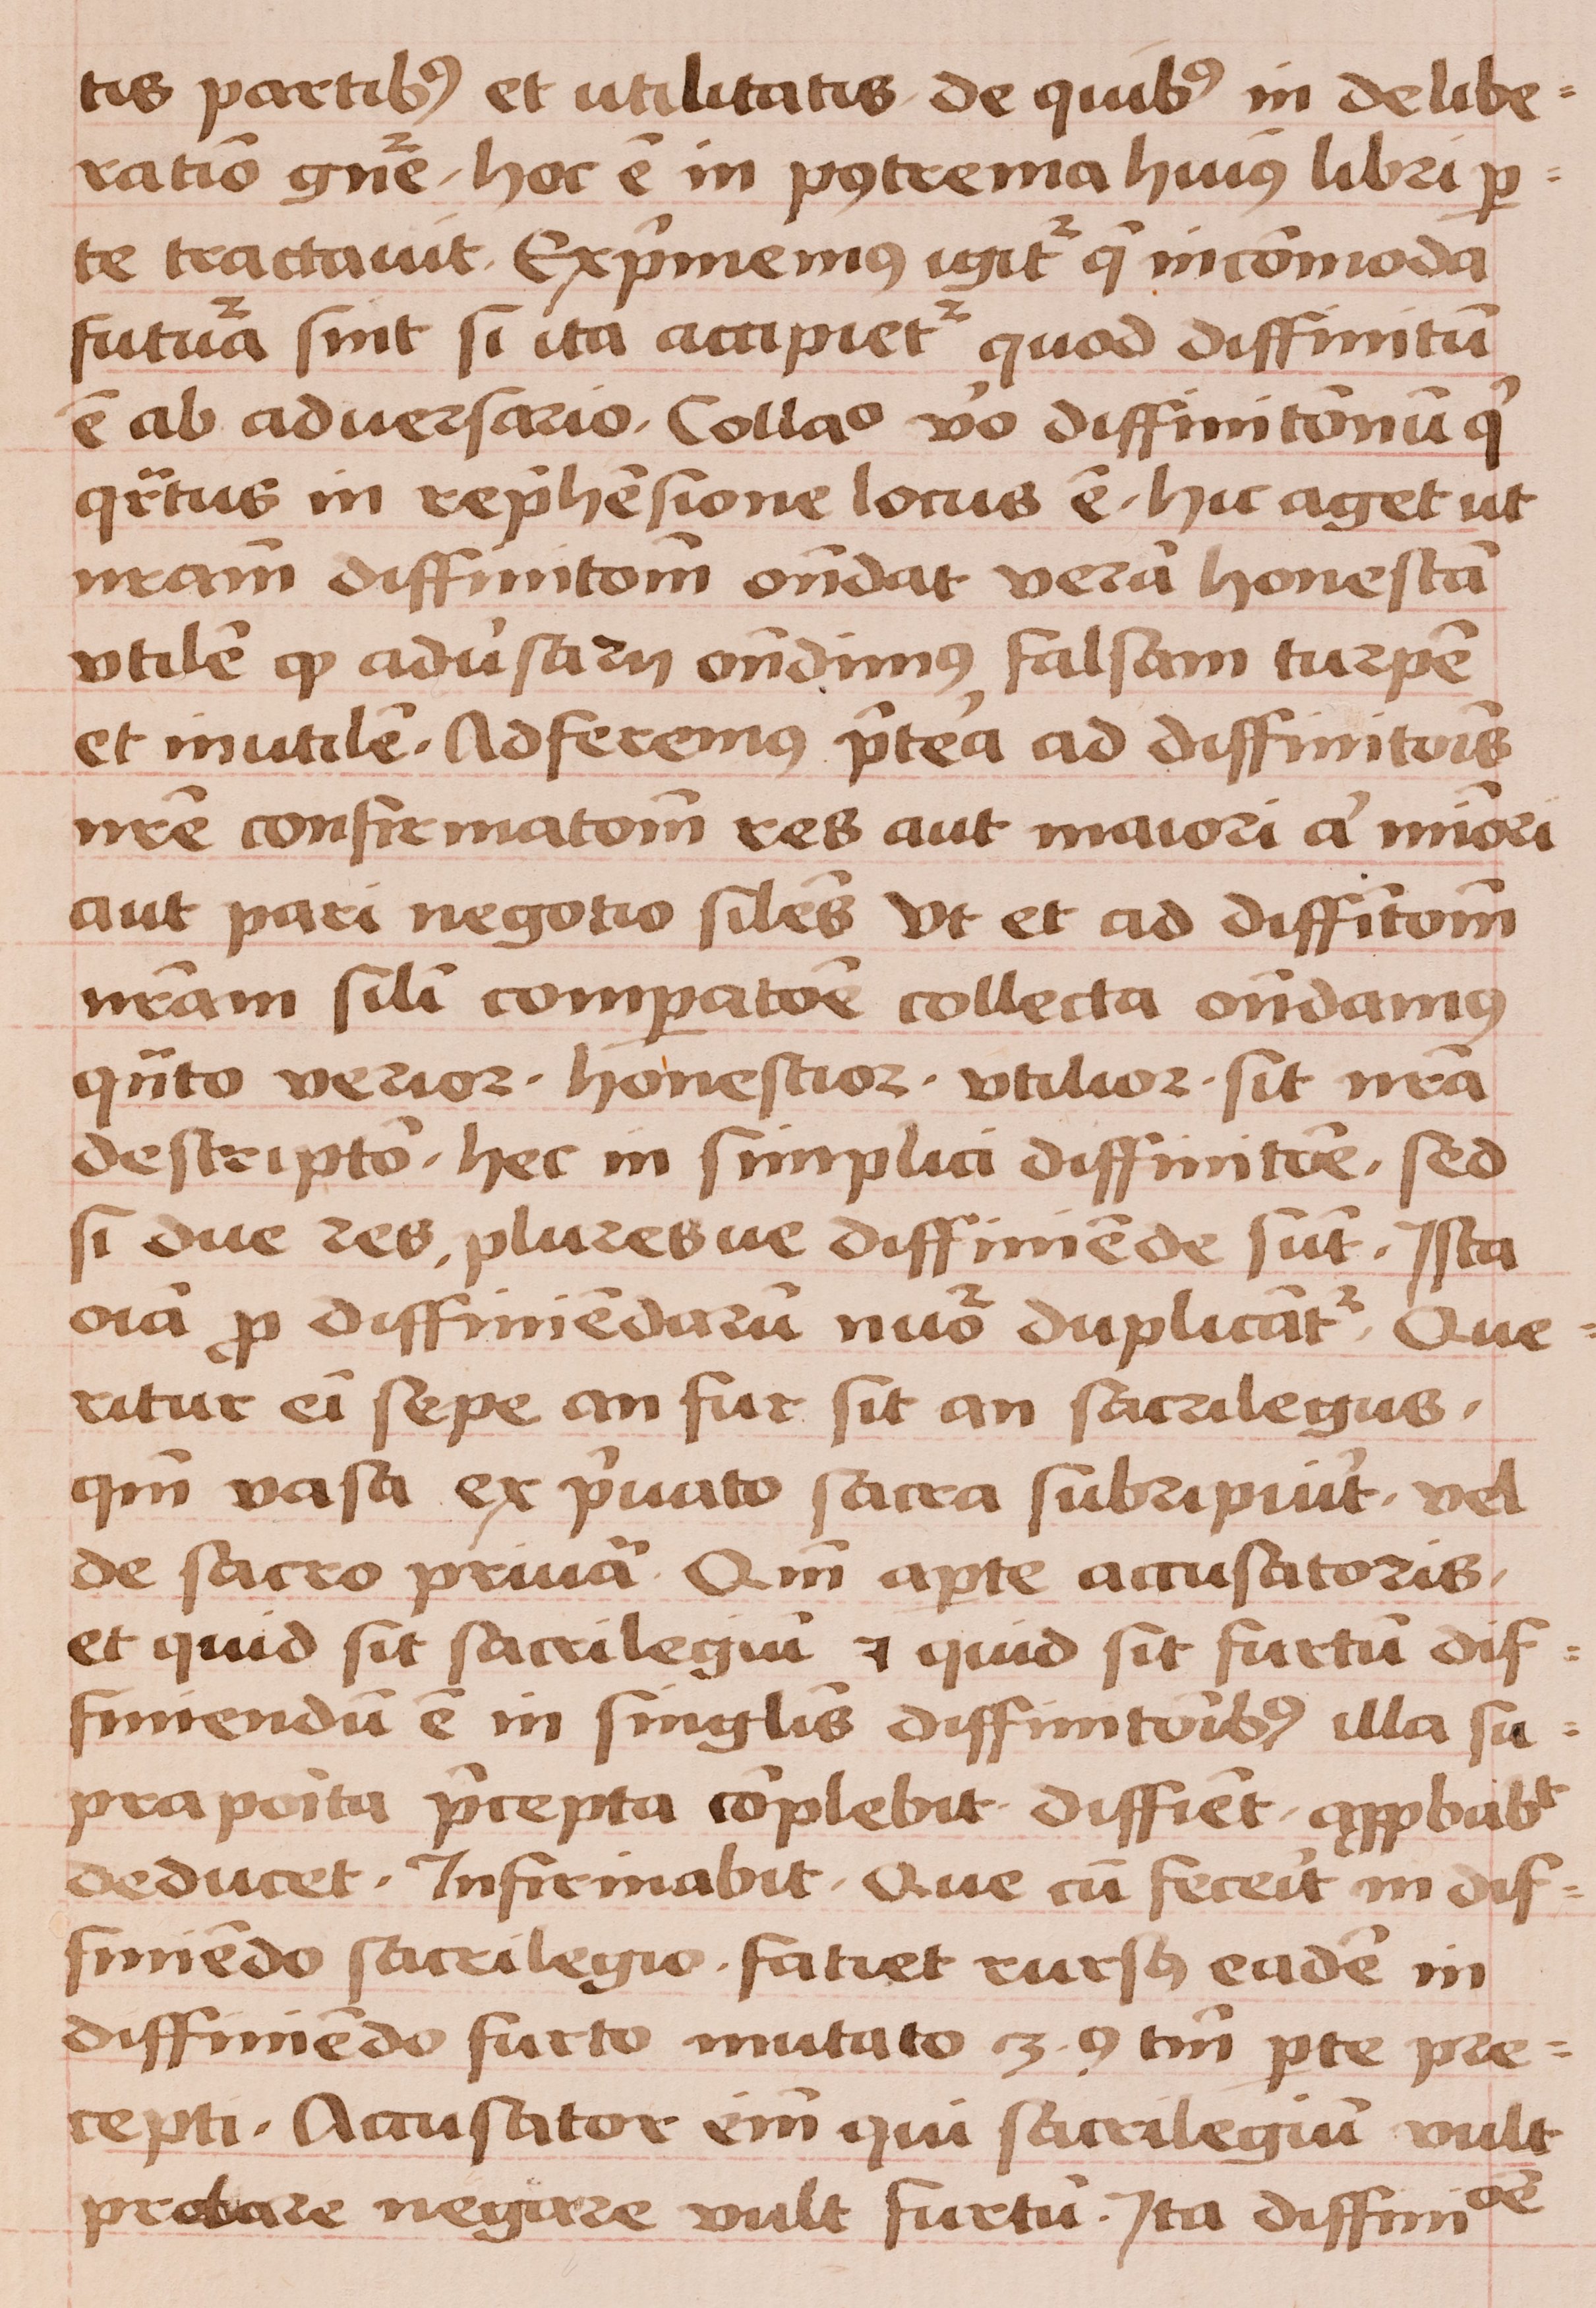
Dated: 1450–1474